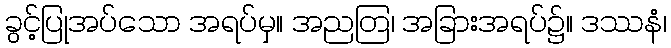
ခွင့်ပြုအပ်သော အရပ်မှ။ အညတြ၊ အခြားအရပ်၌။ ဒဿနံ၊